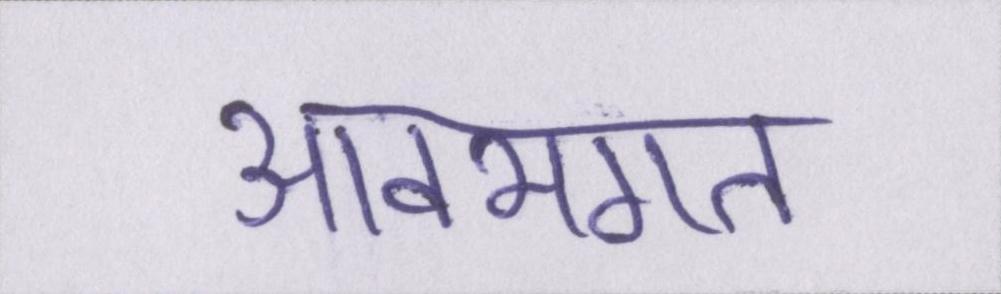
आवभगत